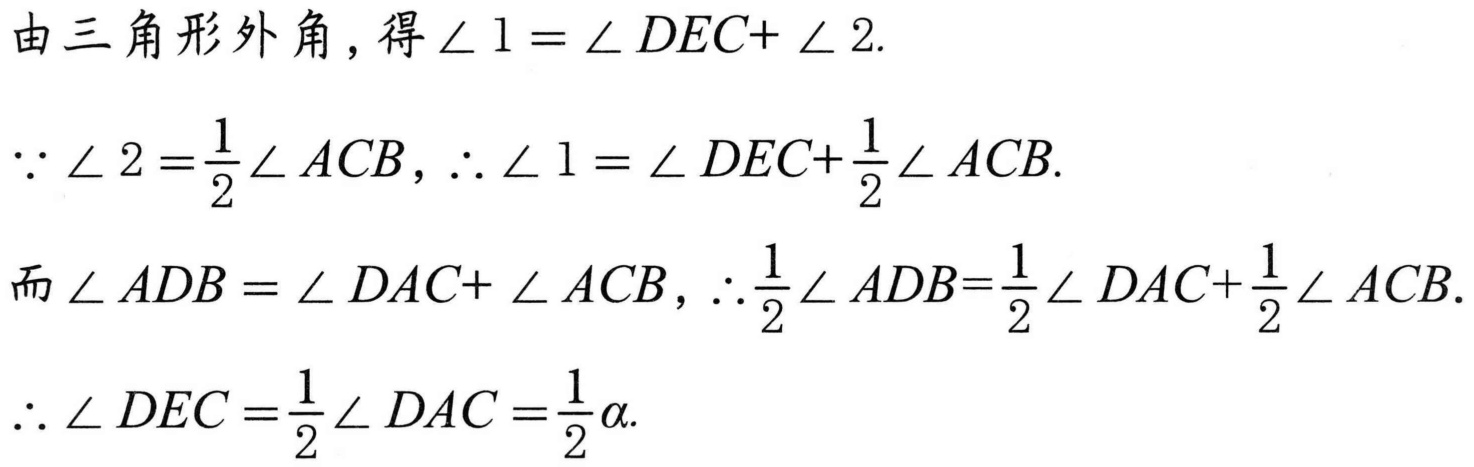
由三角形外角，得\(\angle 1 = \angle DEC+ \angle 2\).
\(\because \angle 2 =\dfrac{1}{2}\angle ACB\)，\(\therefore \angle 1 = \angle DEC+\dfrac{1}{2}\angle ACB\).
而\(\angle ADB = \angle DAC+ \angle ACB\)，\(\therefore\dfrac{1}{2}\angle ADB=\dfrac{1}{2}\angle DAC+\dfrac{1}{2}\angle ACB\).
\(\therefore \angle DEC =\dfrac{1}{2}\angle DAC =\dfrac{1}{2}\alpha\).